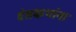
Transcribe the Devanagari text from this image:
दंतकथांना